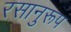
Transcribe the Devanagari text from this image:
रसानुरूप